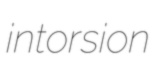
intorsion